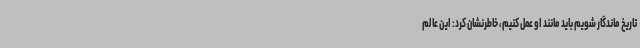
تاریخ ماندگار شویم باید مانند او عمل کنیم، خاطرنشان کرد: این عالم